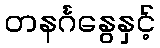
တနင်္ဂနွေနှင့်